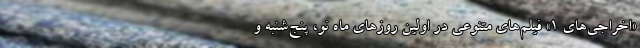
«اخراجی‌های ۱» فیلم‌های متنوعی در اولین روزهای ماه نو، پنج‌شنبه و